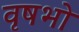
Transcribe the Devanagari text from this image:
वृषभो